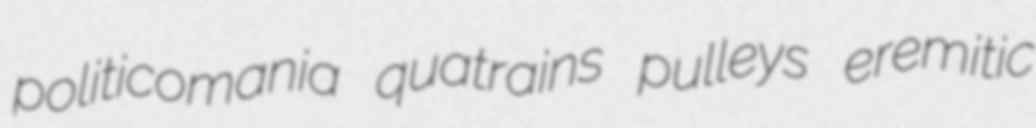
politicomania quatrains pulleys eremitic